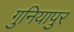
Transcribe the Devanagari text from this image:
गुनियापुर